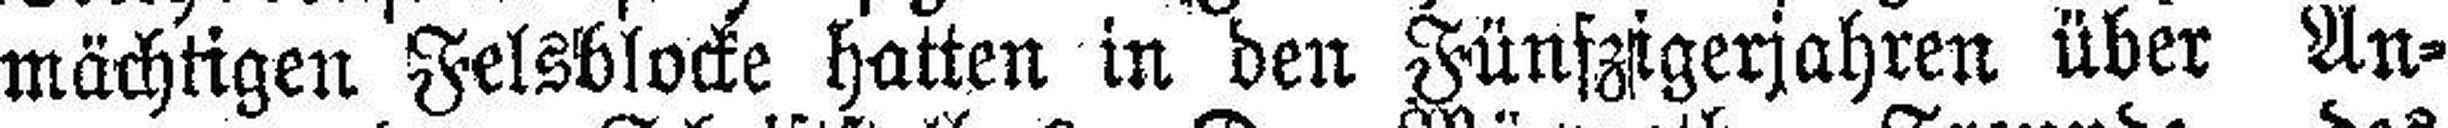
mächtigen Felsblocke hatten in den Fünfzigerjahren über An¬